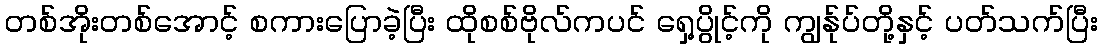
တစ်အိုးတစ်အောင့် စကားပြောခဲ့ပြီး ထိုစစ်ဗိုလ်ကပင် ရှေ့ပွိုင့်ကို ကျွန်ုပ်တို့နှင့် ပတ်သက်ပြီး